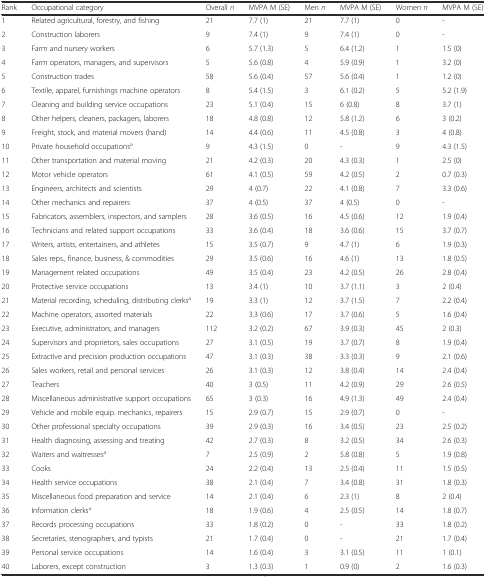
<table><thead><tr><td><b>Rank</b></td><td><b>Occupational category</b></td><td><b>Overall <i>n</i></b></td><td><b>MVPA M (SE)</b></td><td><b>Men <i>n</i></b></td><td><b>MVPA M (SE)</b></td><td><b>Women <i>n</i></b></td><td><b>MVPA M (SE)</b></td></tr></thead><tbody><tr><td>1</td><td>Related agricultural, forestry, and fishing</td><td>21</td><td>7.7 (1)</td><td>21</td><td>7.7 (1)</td><td>0</td><td>-</td></tr><tr><td>2</td><td>Construction laborers</td><td>9</td><td>7.4 (1)</td><td>9</td><td>7.4 (1)</td><td>0</td><td>-</td></tr><tr><td>3</td><td>Farm and nursery workers</td><td>6</td><td>5.7 (1.3)</td><td>5</td><td>6.4 (1.2)</td><td>1</td><td>1.5 (0)</td></tr><tr><td>4</td><td>Farm operators, managers, and supervisors</td><td>5</td><td>5.6 (0.8)</td><td>4</td><td>5.9 (0.9)</td><td>1</td><td>3.2 (0)</td></tr><tr><td>5</td><td>Construction trades</td><td>58</td><td>5.6 (0.4)</td><td>57</td><td>5.6 (0.4)</td><td>1</td><td>1.2 (0)</td></tr><tr><td>6</td><td>Textile, apparel, furnishings machine operators</td><td>8</td><td>5.4 (1.5)</td><td>3</td><td>6.1 (0.2)</td><td>5</td><td>5.2 (1.9)</td></tr><tr><td>7</td><td>Cleaning and building service occupations</td><td>23</td><td>5.1 (0.4)</td><td>15</td><td>6 (0.8)</td><td>8</td><td>3.7 (1)</td></tr><tr><td>8</td><td>Other helpers, cleaners, packagers, laborers</td><td>18</td><td>4.8 (0.8)</td><td>12</td><td>5.8 (1.2)</td><td>6</td><td>3 (0.2)</td></tr><tr><td>9</td><td>Freight, stock, and material movers (hand)</td><td>14</td><td>4.4 (0.6)</td><td>11</td><td>4.5 (0.8)</td><td>3</td><td>4 (0.8)</td></tr><tr><td>10</td><td>Private household occupations<sup>a</sup></td><td>9</td><td>4.3 (1.5)</td><td>0</td><td>-</td><td>9</td><td>4.3 (1.5)</td></tr><tr><td>11</td><td>Other transportation and material moving</td><td>21</td><td>4.2 (0.3)</td><td>20</td><td>4.3 (0.3)</td><td>1</td><td>2.5 (0)</td></tr><tr><td>12</td><td>Motor vehicle operators</td><td>61</td><td>4.1 (0.5)</td><td>59</td><td>4.2 (0.5)</td><td>2</td><td>0.7 (0.3)</td></tr><tr><td>13</td><td>Engineers, architects and scientists</td><td>29</td><td>4 (0.7)</td><td>22</td><td>4.1 (0.8)</td><td>7</td><td>3.3 (0.6)</td></tr><tr><td>14</td><td>Other mechanics and repairers</td><td>37</td><td>4 (0.5)</td><td>37</td><td>4 (0.5)</td><td>0</td><td>-</td></tr><tr><td>15</td><td>Fabricators, assemblers, inspectors, and samplers</td><td>28</td><td>3.6 (0.5)</td><td>16</td><td>4.5 (0.6)</td><td>12</td><td>1.9 (0.4)</td></tr><tr><td>16</td><td>Technicians and related support occupations</td><td>33</td><td>3.6 (0.4)</td><td>18</td><td>3.6 (0.6)</td><td>15</td><td>3.7 (0.7)</td></tr><tr><td>17</td><td>Writers, artists, entertainers, and athletes</td><td>15</td><td>3.5 (0.7)</td><td>9</td><td>4.7 (1)</td><td>6</td><td>1.9 (0.3)</td></tr><tr><td>18</td><td>Sales reps., finance, business, &amp; commodities</td><td>29</td><td>3.5 (0.6)</td><td>16</td><td>4.6 (1)</td><td>13</td><td>1.8 (0.5)</td></tr><tr><td>19</td><td>Management related occupations</td><td>49</td><td>3.5 (0.4)</td><td>23</td><td>4.2 (0.5)</td><td>26</td><td>2.8 (0.4)</td></tr><tr><td>20</td><td>Protective service occupations</td><td>13</td><td>3.4 (1)</td><td>10</td><td>3.7 (1.1)</td><td>3</td><td>2 (0.4)</td></tr><tr><td>21</td><td>Material recording, scheduling, distributing clerks<sup>a</sup></td><td>19</td><td>3.3 (1)</td><td>12</td><td>3.7 (1.5)</td><td>7</td><td>2.2 (0.4)</td></tr><tr><td>22</td><td>Machine operators, assorted materials</td><td>22</td><td>3.3 (0.6)</td><td>17</td><td>3.7 (0.6)</td><td>5</td><td>1.6 (0.4)</td></tr><tr><td>23</td><td>Executive, administrators, and managers</td><td>112</td><td>3.2 (0.2)</td><td>67</td><td>3.9 (0.3)</td><td>45</td><td>2 (0.3)</td></tr><tr><td>24</td><td>Supervisors and proprietors, sales occupations</td><td>27</td><td>3.1 (0.5)</td><td>19</td><td>3.7 (0.7)</td><td>8</td><td>1.9 (0.4)</td></tr><tr><td>25</td><td>Extractive and precision production occupations</td><td>47</td><td>3.1 (0.3)</td><td>38</td><td>3.3 (0.3)</td><td>9</td><td>2.1 (0.6)</td></tr><tr><td>26</td><td>Sales workers, retail and personal services</td><td>26</td><td>3.1 (0.3)</td><td>12</td><td>3.8 (0.4)</td><td>14</td><td>2.4 (0.4)</td></tr><tr><td>27</td><td>Teachers</td><td>40</td><td>3 (0.5)</td><td>11</td><td>4.2 (0.9)</td><td>29</td><td>2.6 (0.5)</td></tr><tr><td>28</td><td>Miscellaneous administrative support occupations</td><td>65</td><td>3 (0.3)</td><td>16</td><td>4.9 (1.3)</td><td>49</td><td>2.4 (0.4)</td></tr><tr><td>29</td><td>Vehicle and mobile equip. mechanics, repairers</td><td>15</td><td>2.9 (0.7)</td><td>15</td><td>2.9 (0.7)</td><td>0</td><td>-</td></tr><tr><td>30</td><td>Other professional specialty occupations</td><td>39</td><td>2.9 (0.3)</td><td>16</td><td>3.4 (0.5)</td><td>23</td><td>2.5 (0.2)</td></tr><tr><td>31</td><td>Health diagnosing, assessing and treating</td><td>42</td><td>2.7 (0.3)</td><td>8</td><td>3.2 (0.5)</td><td>34</td><td>2.6 (0.3)</td></tr><tr><td>32</td><td>Waiters and waitresses<sup>a</sup></td><td>7</td><td>2.5 (0.9)</td><td>2</td><td>5.8 (0.8)</td><td>5</td><td>1.9 (0.8)</td></tr><tr><td>33</td><td>Cooks</td><td>24</td><td>2.2 (0.4)</td><td>13</td><td>2.5 (0.4)</td><td>11</td><td>1.5 (0.5)</td></tr><tr><td>34</td><td>Health service occupations</td><td>38</td><td>2.1 (0.4)</td><td>7</td><td>3.4 (0.8)</td><td>31</td><td>1.8 (0.3)</td></tr><tr><td>35</td><td>Miscellaneous food preparation and service</td><td>14</td><td>2.1 (0.4)</td><td>6</td><td>2.3 (1)</td><td>8</td><td>2 (0.4)</td></tr><tr><td>36</td><td>Information clerks<sup>a</sup></td><td>18</td><td>1.9 (0.6)</td><td>4</td><td>2.5 (0.5)</td><td>14</td><td>1.8 (0.7)</td></tr><tr><td>37</td><td>Records processing occupations</td><td>33</td><td>1.8 (0.2)</td><td>0</td><td>-</td><td>33</td><td>1.8 (0.2)</td></tr><tr><td>38</td><td>Secretaries, stenographers, and typists</td><td>21</td><td>1.7 (0.4)</td><td>0</td><td>-</td><td>21</td><td>1.7 (0.4)</td></tr><tr><td>39</td><td>Personal service occupations</td><td>14</td><td>1.6 (0.4)</td><td>3</td><td>3.1 (0.5)</td><td>11</td><td>1 (0.1)</td></tr><tr><td>40</td><td>Laborers, except construction</td><td>3</td><td>1.3 (0.3)</td><td>1</td><td>0.9 (0)</td><td>2</td><td>1.6 (0.3)</td></tr></tbody></table>